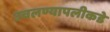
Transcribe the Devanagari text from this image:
उचलण्यापलीकडे